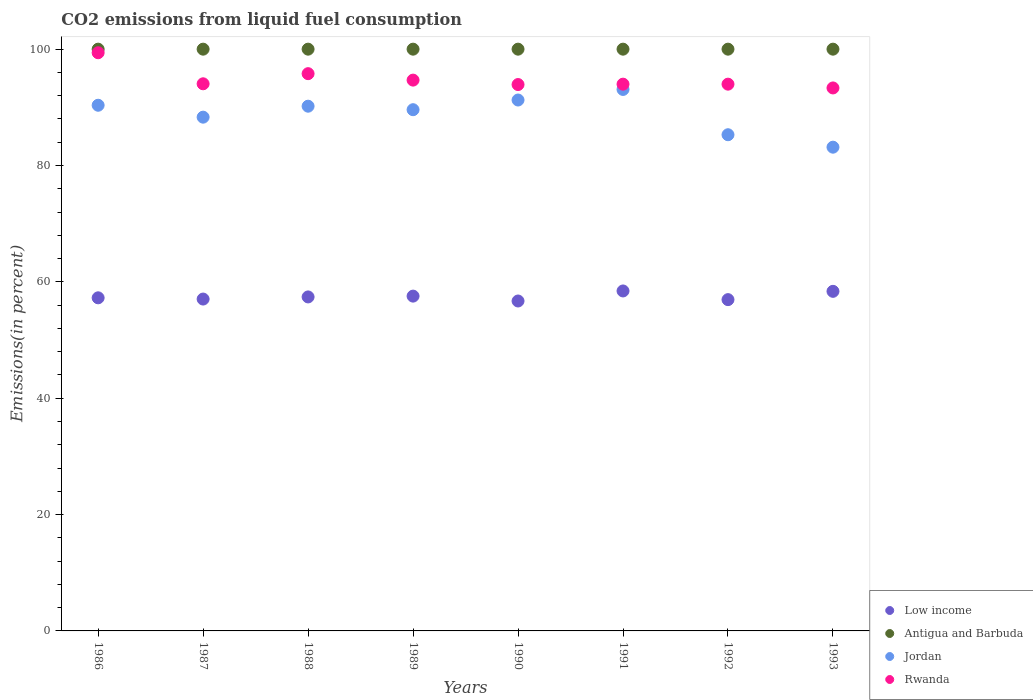
| Years | Low income | Antigua and Barbuda | Jordan | Rwanda |
 | --- | --- | --- | --- | --- |
 | 1986 | 57.3 | 100 | 90.4 | 99.4 |
 | 1987 | 57 | 100 | 88.3 | 94 |
 | 1988 | 57.4 | 100 | 90.2 | 95.8 |
 | 1989 | 57.6 | 100 | 89.6 | 94.7 |
 | 1990 | 56.7 | 100 | 91.3 | 93.9 |
 | 1991 | 58.4 | 100 | 93.1 | 94 |
 | 1992 | 56.9 | 100 | 85.3 | 94 |
 | 1993 | 58.4 | 100 | 83.2 | 93.3 |